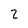
Character: 2